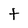
Character: t